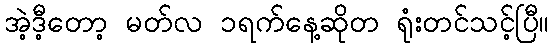
အဲ့ဒီ့တော့ မတ်လ ၁ရက်နေ့ဆိုတ ရုံးတင်သင့်ပြီ။